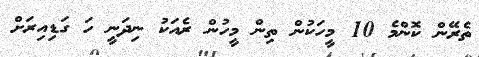
ތެރޭން ކޮންމެ 10 މީހަކުން ތިން މީހުން ރެއަކު ނިދަނީ ހަ ގަޑިއިރަށް